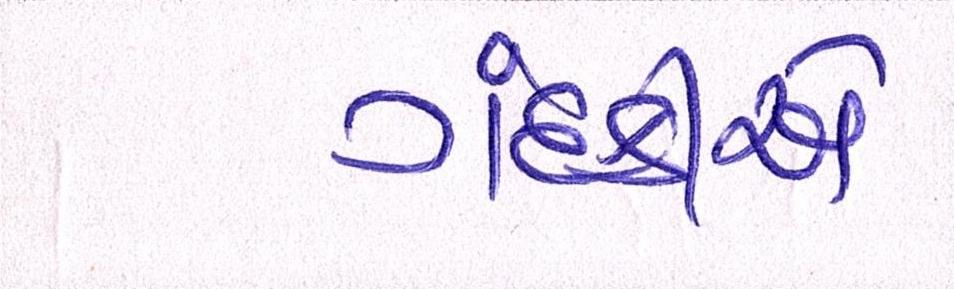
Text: ગંદકીએ